Medical and sanitary report on the native army of Bombay for the year
Year: 1877
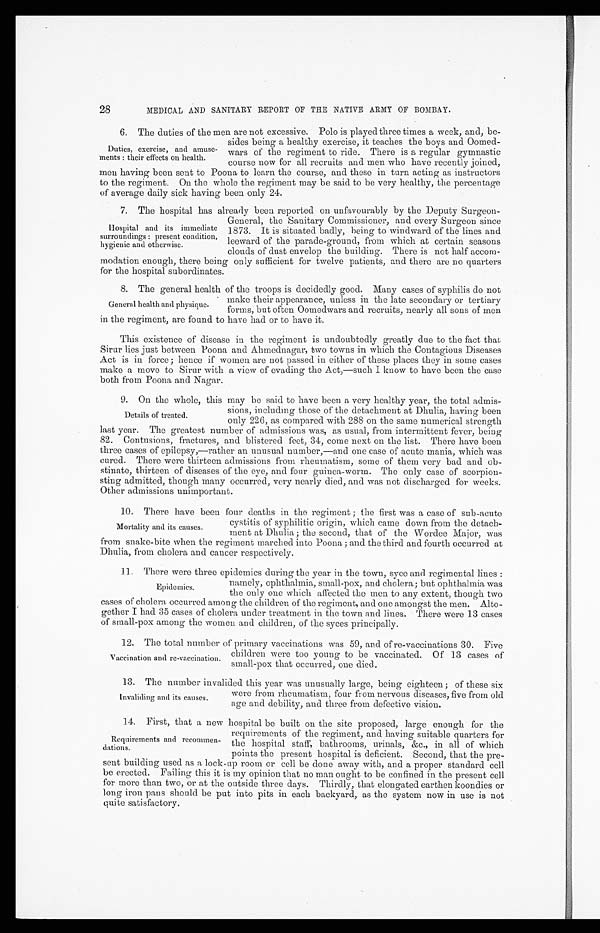
MEDICAL AND SANITARY REPORT OF THE NATIVE ARMY OF BOMBAY.
6. The duties of the men are not excessive. Polo is played three times a week, and, be
-sides being a healthy exercise, it teaches the boys and Oomed
-wars of the regiment to ride. There is a regular gymnastic
course now for all recruits and men who have recently joined,
men having been sent to Poona to learn the course, and these in turn acting as instructors
to the regiment. On the whole the regiment may be said to be very healthy, the percentage
of average daily sick having been only 24.
7. The hospital has already been reported on unfavourably by the Deputy Surgeon
-General, the Sanitary Commissioner, and every Surgeon since
1873. It is situated badly, being to windward of the lines and
leeward of the parade-ground, from which at certain seasons
clouds of dust envelop the building. There is not half accom
- m o d a t i o n e n o u g h , t h e r e b e i n g o n l y s u f f i c i e n t f o r t w e l v e p a t i e n t s , a n d t h e r e a r e
n o
q u a r t e r s
for the hospital subordinates.
8 . T h e g e n e r a l h e a l t h o f t h e t r o o p s i s d e c i d e d l y g o o d . M a n y c a s e s o f s y p h i l i s d o n o t
make their appearance, unless in the late secondary or tertiary
forms, but often Oomedwars and recruits, nearly all sons of men
in the regiment, are found to have had or to have it.
This existence of disease in the regiment is undoubtedly greatly due to the fact that
Sirur lies just between Poona and Ahmednagar, two towns in which the Contagious Diseases
Act is in force; hence if women are not passed in either of these places they in some cases
make a move to Sirur with a view of evading the Act,—such I know to have been the case
both from Poona and Nagar.
9. On the whole, this may be said to have been a very healthy year, the total admis
-
sions, including those of the detachment at Dhulia, having been
only 226, as compared with 288 on the same numerical strength
last year. The greatest number of admissions was, as usual, from intermittent fever, being
82. Contusions, fractures, and blistered feet, 34, come next on the list. There have been
three cases of epilepsy,—rather an unusual number,—and one case of acute mania, which was
cured. There were thirteen admissions from rheumatism, some of them very bad and ob
-stinate, thirteen of diseases of the eye, and four guinea-worm. The only case of scorpion
-sting admitted, though many occurred, very nearly died, and was not discharged for weeks.
Other admissions unimportant.
10. There have been four deaths in the regiment; the first was a case of sub-acute
cystitis of syphilitic origin, which came down from the detach
-
ment at Dhulia; the second, that of the Wordee Major, was
from snake-bite when the regiment marched into Poona; and the third and fourth occurred at
Dhulia, from cholera and cancer respectively.
11. There were three epidemics during the year in the town, syce and regimental lines :
namely, ophthalmia, small-pox, and cholera; but ophthalmia was
the only one which affected the men to any extent, though two
cases of cholera occurred among the children of the regiment, and one amongst the men. Alto
- g e t h e r
I h a d 3 5 c a s e s o f c h o l e r a u n d e r t r e a t m e n t i n t h e t o w n a n d l i n e s . T h e r e w e r e 1 3 c a s e s
of small-pox among the women and children, of the syces principally.
1 2 . T h e t o t a l n u m b e r o f p r i m a r y v a c c i n a t i o n s w a s 5 9 , a n d o f r e - v a c c i n a t i o n s 3 0 . F i v e
children were too young to be vaccinated. Of 13 cases of
small-pox that occurred, one died.
1 3 . T h e n u m b e r i n v a l i d e d t h i s y e a r w a s u n u s u a l l y l a r g e , b e i n g e i g h t e e n ; o f t h e s e s i x
were from rheumatism, four from nervous diseases, five from old
age and debility, and three from defective vision.
1 4 . F i r s t , t h a t a n e w h o s p i t a l b e b u i l t o n t h e s i t e p r o p o s e d , l a r g e e n o u g h f o r t h e
requirements of the regiment, and having suitable quarters for
the hospital staff, bathrooms, urinals, &c., in all of which
points the present hospital is deficient. Second, that the pre
- s e n t b u i l d i n g u s e d a s a l o c k u p r o o m o r c e l l b e d o n e a w a y w i t h , a n d a p r o p e r s t a n d a r d c e l l
be erected. Failing this it is my opinion that no man ought to be confined in the present cell
for more than two, or at the outside three days. Thirdly, that elongated earthen koondies or
long iron pans should be put into pits in each backyard, as the system now in use is not
quite satisfactory.
28
Duties, exercise, and amuse
-ments: their effects on health.
Hospital and its immediate
surroundings: present condition,
hygienic and otherwise.
General health and physique.
Details of treated.
Mortality and its causes.
Epidemics.
Vaccination and re-vaccination.
Invaliding and its causes.
Requirements and recommen
-dations.